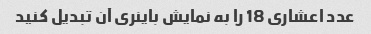
عدد اعشاری 18 را به نمایش باینری آن تبدیل کنید